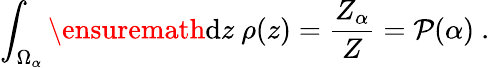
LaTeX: \int_{\Omega_{\alpha}}\ensuremath{\mathrm{d}}z\ \rho(z)=\frac{Z_{\alpha}}{Z}=\mathcal{P}(\alpha)\ .